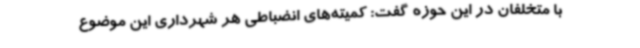
با متخلفان در این حوزه گفت: کمیته‌های انضباطی هر شهرداری این موضوع